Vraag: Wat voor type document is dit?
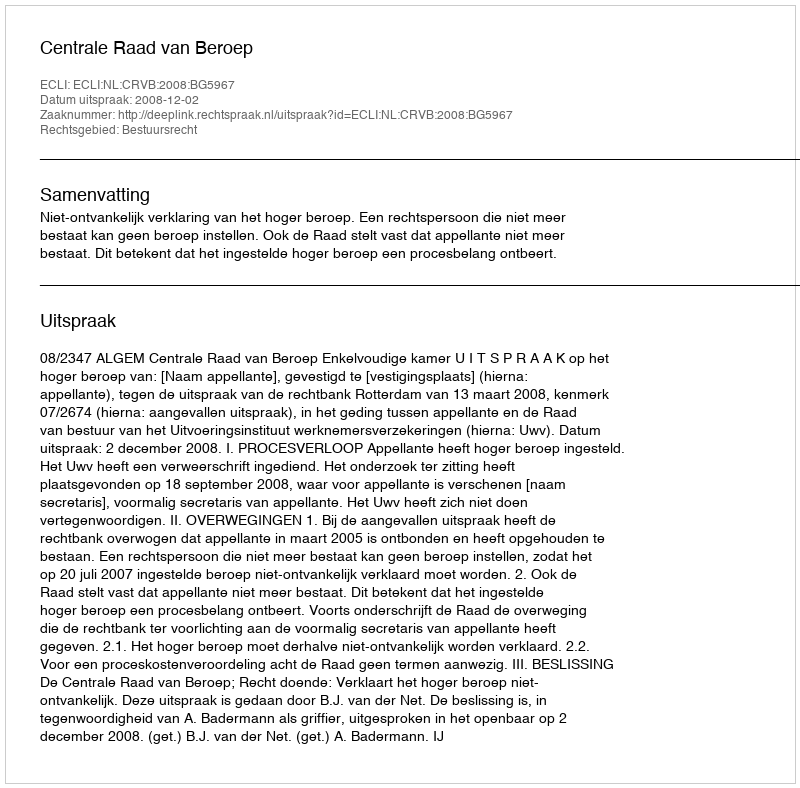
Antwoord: Uitspraak